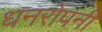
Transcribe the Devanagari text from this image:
धनरोपनी